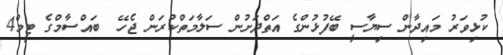
ކުޅިވަރު މައިދާން ސިޔާސީ ބޭފުޅުންގެ އަތްދަށުން ސަލާމަތްކުރަން ޖެހޭ  ބައްސާމްގެ ޓީމް4